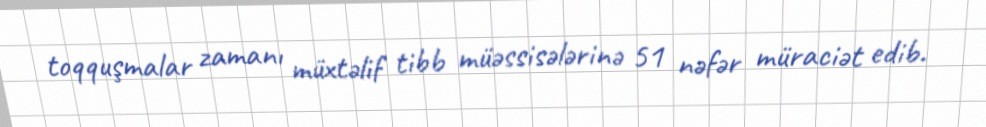
toqquşmalar zamanı müxtəlif tibb müəssisələrinə 51 nəfər müraciət edib.